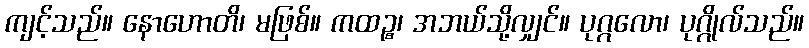
ကျင့်သည်။ နောဟောတိ၊ မဖြစ်။ ကထဉ္စ၊ အဘယ်သို့လျှင်။ ပုဂ္ဂလော၊ ပုဂ္ဂိုလ်သည်။